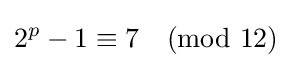
2^{p}-1\equiv 7{\pmod {12}}